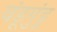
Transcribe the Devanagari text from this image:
यंडूगुंडू